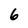
Character: 6